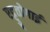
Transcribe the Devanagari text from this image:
एट्टुतोगाई